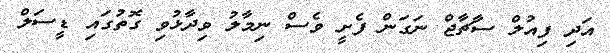
އަދި ފިއުލް ސާޗާޖް ނަގަން ފެށީ ވެސް ނިމާލު ވިދާޅުވި ގޮތުގައި ޑީސަލް